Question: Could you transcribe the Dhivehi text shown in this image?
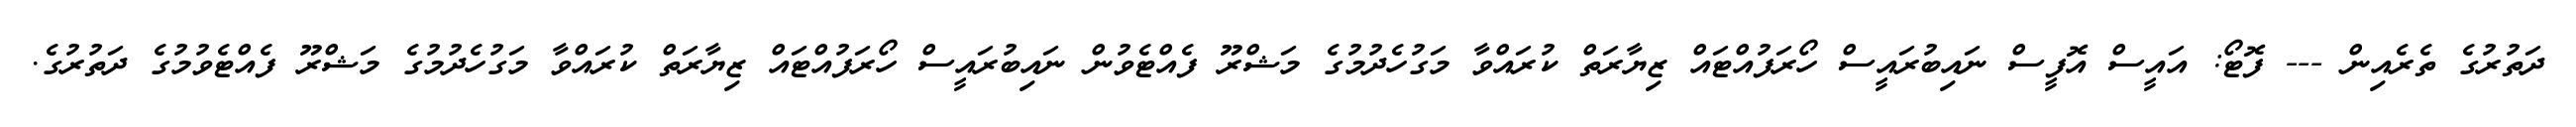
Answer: ދަތުރުގެ ތެރެއިން --- ފޮޓޯ: އައީސް އޮފީސް ނައިބުރައީސް ހޯރަފުއްޓައް ޒިޔާރަތް ކުރައްވާ މަގުހެދުމުގެ މަޝްރޫ ފެއްޓެވުން ނައިބުރައީސް ހޯރަފުއްޓައް ޒިޔާރަތް ކުރައްވާ މަގުހެދުމުގެ މަޝްރޫ ފެއްޓެވުމުގެ ދަތުރުގެ.